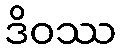
ဒိဝဿ